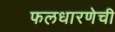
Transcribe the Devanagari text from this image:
फलधारणेची